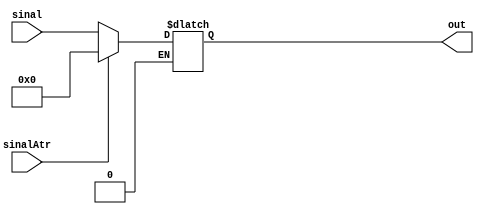
module Muxzero(sinal, sinalAtr, out);

// inputs
input[7:0] sinal;		// valor de um registrador
input sinalAtr;		// sinal de controle emitido pela instrucao atr

// outputs
output reg[7:0] out;

// se for instrucao atr retorna valor do registrador zero
always @(sinal, sinalAtr)
	begin
		if(sinalAtr == 1'b0)	out <= sinal;
		else if(sinalAtr == 1'b1)	out <= 8'b00000000;	
	end

endmodule